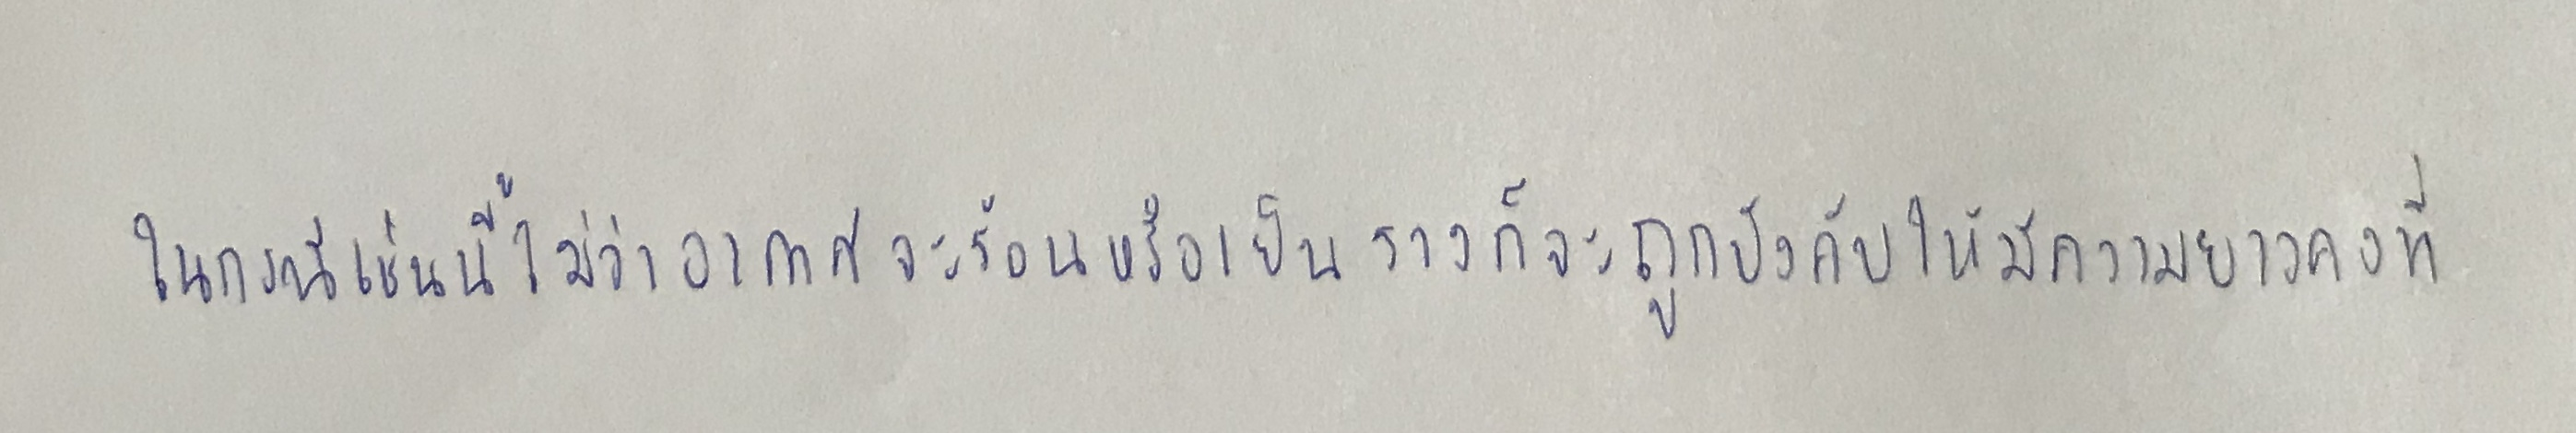
ในกรณีเช่นนี้ไม่ว่าอากาศจะร้อนหรือเย็นรางก็จะถูกบังคับให้มีความยาวคงที่